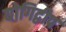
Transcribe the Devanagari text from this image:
योगिद्वीप